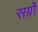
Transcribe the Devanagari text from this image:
सर्ग्रों